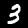
Label: 3